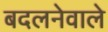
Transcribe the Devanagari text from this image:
बदलनेवाले